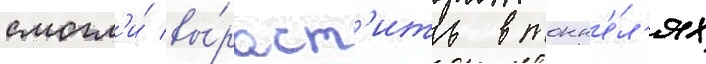
смогл'и́ вы́раст'ить в тонн'е́л'ях